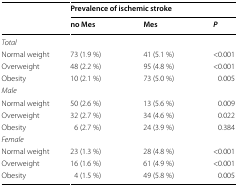
<table><thead><tr><td rowspan="2"></td><td colspan="3"><b>Prevalence of ischemic stroke</b></td></tr><tr><td><b>no Mes</b></td><td><b>Mes</b></td><td><b><i>P</i></b></td></tr></thead><tbody><tr><td colspan="4"><i>Total</i></td></tr><tr><td>Normal weight</td><td>73 (1.9 %)</td><td>41 (5.1 %)</td><td>&lt;0.001</td></tr><tr><td>Overweight</td><td>48 (2.2 %)</td><td>95 (4.8 %)</td><td>&lt;0.001</td></tr><tr><td>Obesity</td><td>10 (2.1 %)</td><td>73 (5.0 %)</td><td>0.005</td></tr><tr><td colspan="4"><i>Male</i></td></tr><tr><td>Normal weight</td><td>50 (2.6 %)</td><td>13 (5.6 %)</td><td>0.009</td></tr><tr><td>Overweight</td><td>32 (2.7 %)</td><td>34 (4.6 %)</td><td>0.022</td></tr><tr><td>Obesity</td><td>6 (2.7 %)</td><td>24 (3.9 %)</td><td>0.384</td></tr><tr><td colspan="4"><i>Female</i></td></tr><tr><td>Normal weight</td><td>23 (1.3 %)</td><td>28 (4.8 %)</td><td>&lt;0.001</td></tr><tr><td>Overweight</td><td>16 (1.6 %)</td><td>61 (4.9 %)</td><td>&lt;0.001</td></tr><tr><td>Obesity</td><td>4 (1.5 %)</td><td>49 (5.8 %)</td><td>0.005</td></tr></tbody></table>